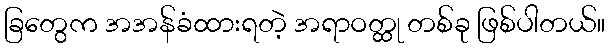
ခြတွေက အအန်ခံထားရတဲ့ အရာဝတ္ထု တစ်ခု ဖြစ်ပါတယ်။